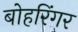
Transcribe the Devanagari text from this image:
बोहरिंगर